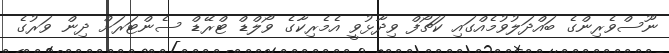
ނޫސްވެރިންގެ ބައްދަލުވުމެއްގައި ކަޗޯފް ވިދާޅުވީ އެމެރިކާގެ ވޯލްޑް ޓްރޭޑް ސެންޓަރަށް ދިން ވަރުގެ